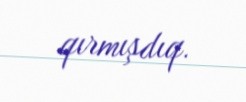
qırmışdıq.